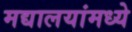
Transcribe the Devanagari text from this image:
मद्यालयांमध्ये